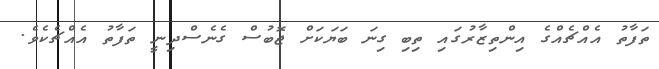
ތަފާތު އެއްޗެއްގެ އިންތިޒާރުގައި ތިބި ގިނަ ބަޔަކަށް ޖޮބުސް ގެނެސްދިނީ ތަފާތު އެއްޗެކެވެ.